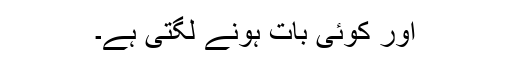
اور کوئی بات ہونے لگتی ہے۔